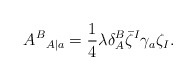
\begin{align*}{A^B}_{A|a}={1\over 4}\lambda\delta_A^B\bar\zeta^I\gamma_a\zeta_I.\end{align*}